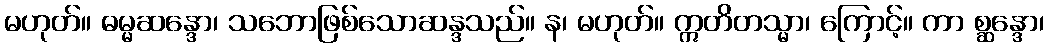
မဟုတ်။ ဓမ္မဆန္ဒော၊ သဘောဖြစ်သောဆန္ဒသည်။ န၊ မဟုတ်။ ဣတိတသ္မာ၊ ကြောင့်။ ကာ စ္ဆန္ဒော၊